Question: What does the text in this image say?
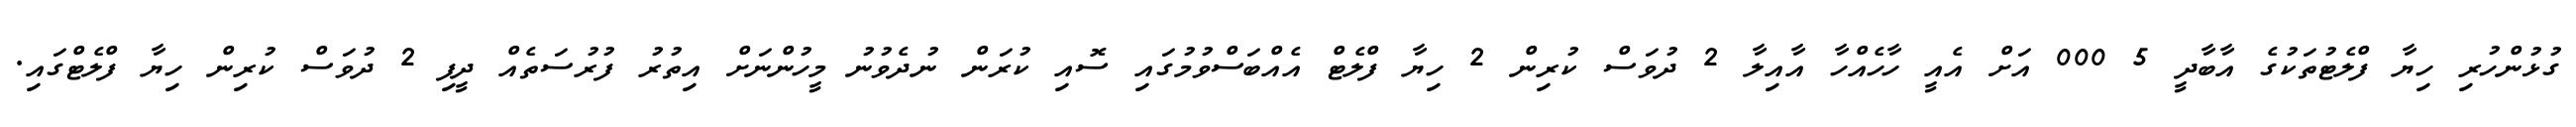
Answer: ގުޅުންހުރި ހިޔާ ފްލެޓުތަކުގެ އާބާދީ 5 000 އަށް އެއީ ހާހެއްހާ އާއިލާ 2 ދުވަސް ކުރިން 2 ހިޔާ ފްލެޓް އެއްބަސްވުމުގައި ސޮއި ކުރަން ނުދެވުނު މީހުންނަށް އިތުރު ފުރުސަތެއް ދީފި 2 ދުވަސް ކުރިން ހިޔާ ފްލެޓްގައި.